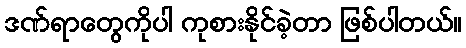
ဒဏ်ရာတွေကိုပါ ကုစားနိုင်ခဲ့တာ ဖြစ်ပါတယ်။